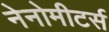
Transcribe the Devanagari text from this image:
नेनोमीटर्स